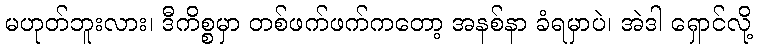
မဟုတ်ဘူးလား၊ ဒီကိစ္စမှာ တစ်ဖက်ဖက်ကတော့ အနစ်နာ ခံရမှာပဲ၊ အဲဒါ ရှောင်လို့